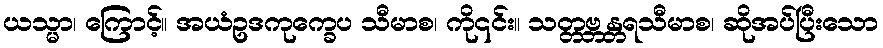
ယသ္မာ၊ ကြောင့်။ အယံဥဒကုက္ခေပ သီမာစ၊ ကို၎င်း။ သတ္တဗ္ဘန္တရသီမာစ၊ ဆိုအပ်ပြီးသော